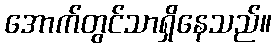
အောက်တွင်သာရှိနေသည်။